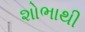
શોભાથી